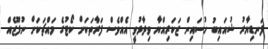
ފަނޑިޔާރު ޝުއައިބު ހުސައިން ޒަކަރިއްޔާ ވިދާޅުވީ އެއްވެސް ފަރާތަކަށް ކޯޓުގެ މައްޗަކަށް ނުފޫޒެއް